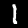
Label: 1